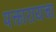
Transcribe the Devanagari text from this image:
पत्कारायचा